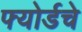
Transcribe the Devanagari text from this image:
फ्योर्डचे